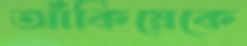
আঁকিয়েকে